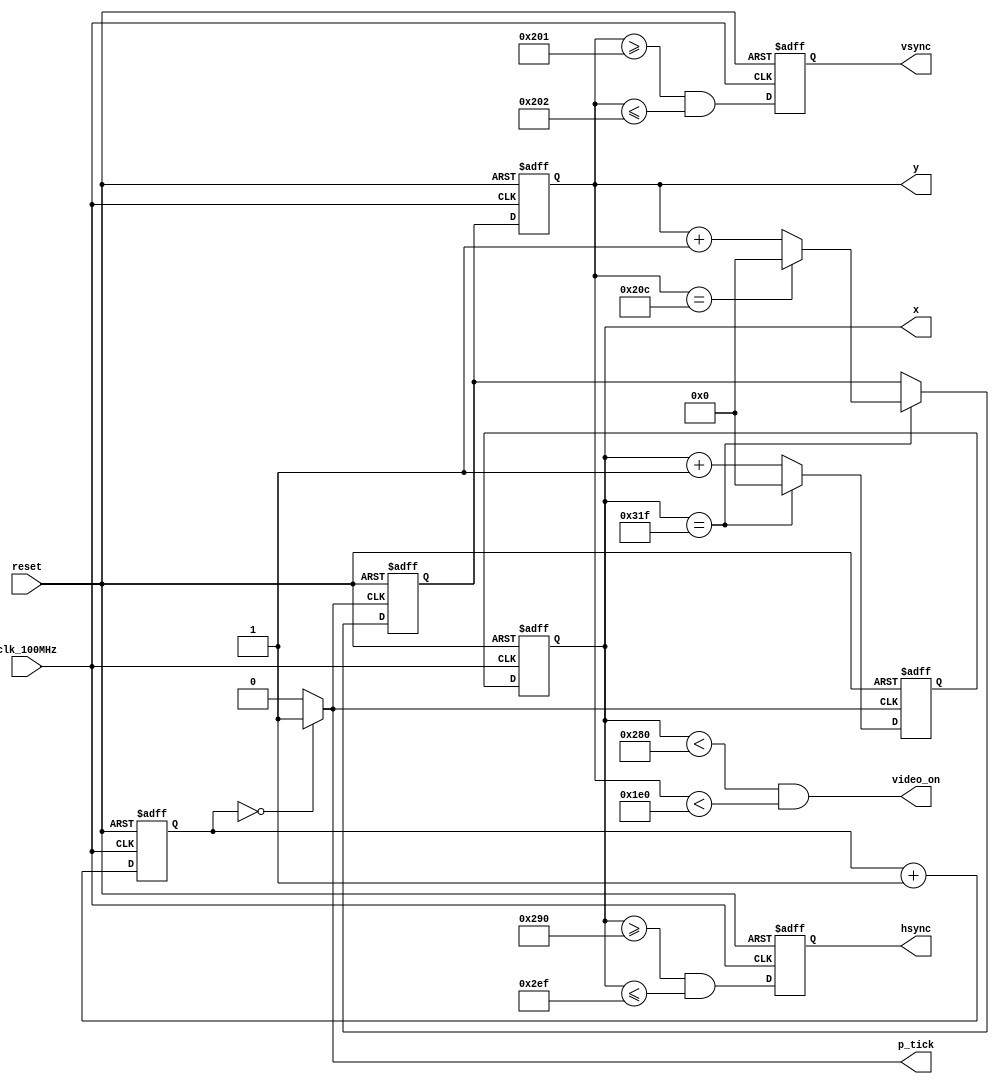
`timescale 1ns / 1ps


module vga_controller(
    input clk_100MHz,   // from Basys 3
    input reset,        // system reset
    output video_on,    // ON while pixel counts for x and y and within display area
    output hsync,       // horizontal sync
    output vsync,       // vertical sync
    output p_tick,      // the 25MHz pixel/second rate signal, pixel tick
    output [9:0] x,     // pixel count/position of pixel x, max 0-799
    output [9:0] y      // pixel count/position of pixel y, max 0-524
    );
   
    // Based on VGA standards found at vesa.org for 640x480 resolution
    // Total horizontal width of screen = 800 pixels, partitioned  into sections
    parameter HD = 640;             // horizontal display area width in pixels
    parameter HF = 48;              // horizontal front porch width in pixels
    parameter HB = 16;              // horizontal back porch width in pixels
    parameter HR = 96;              // horizontal retrace width in pixels
    parameter HMAX = HD+HF+HB+HR-1; // max value of horizontal counter = 799
    // Total vertical length of screen = 525 pixels, partitioned into sections
    parameter VD = 480;             // vertical display area length in pixels
    parameter VF = 10;              // vertical front porch length in pixels  
    parameter VB = 33;              // vertical back porch length in pixels  
    parameter VR = 2;               // vertical retrace length in pixels  
    parameter VMAX = VD+VF+VB+VR-1; // max value of vertical counter = 524  
   
    // *** Generate 25MHz from 100MHz *********************************************************
reg  [1:0] r_25MHz;
wire w_25MHz;

always @(posedge clk_100MHz or posedge reset)
if(reset)
 r_25MHz <= 0;
else
 r_25MHz <= r_25MHz + 1;

assign w_25MHz = (r_25MHz == 0) ? 1 : 0; // assert tick 1/4 of the time
    // ****************************************************************************************
   
    // Counter Registers, two each for buffering to avoid glitches
    reg [9:0] h_count_reg, h_count_next;
    reg [9:0] v_count_reg, v_count_next;
   
    // Output Buffers
    reg v_sync_reg, h_sync_reg;
    wire v_sync_next, h_sync_next;
   
    // Register Control
    always @(posedge clk_100MHz or posedge reset)
        if(reset) begin
            v_count_reg <= 0;
            h_count_reg <= 0;
            v_sync_reg  <= 1'b0;
            h_sync_reg  <= 1'b0;
        end
        else begin
            v_count_reg <= v_count_next;
            h_count_reg <= h_count_next;
            v_sync_reg  <= v_sync_next;
            h_sync_reg  <= h_sync_next;
        end
         
    //Logic for horizontal counter
    always @(posedge w_25MHz or posedge reset)      // pixel tick
        if(reset)
            h_count_next = 0;
        else
            if(h_count_reg == HMAX)                 // end of horizontal scan
                h_count_next = 0;
            else
                h_count_next = h_count_reg + 1;        
 
    // Logic for vertical counter
    always @(posedge w_25MHz or posedge reset)
        if(reset)
            v_count_next = 0;
        else
            if(h_count_reg == HMAX)                 // end of horizontal scan
                if((v_count_reg == VMAX))           // end of vertical scan
                    v_count_next = 0;
                else
                    v_count_next = v_count_reg + 1;
       
    // h_sync_next asserted within the horizontal retrace area
    assign h_sync_next = (h_count_reg >= (HD+HB) && h_count_reg <= (HD+HB+HR-1));
   
    // v_sync_next asserted within the vertical retrace area
    assign v_sync_next = (v_count_reg >= (VD+VB) && v_count_reg <= (VD+VB+VR-1));
   
    // Video ON/OFF - only ON while pixel counts are within the display area
    assign video_on = (h_count_reg < HD) && (v_count_reg < VD); // 0-639 and 0-479 respectively
           
    // Outputs
    assign hsync  = h_sync_reg;
    assign vsync  = v_sync_reg;
    assign x      = h_count_reg;
    assign y      = v_count_reg;
    assign p_tick = w_25MHz;
           
endmodule